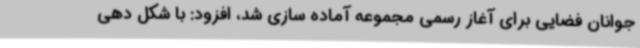
جوانان فضایی برای آغاز رسمی مجموعه آماده سازی شد، افزود: با شکل دهی